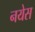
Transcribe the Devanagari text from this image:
नयेस